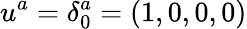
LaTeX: u^{a}=\delta_{0}^{a}=(1,0,0,0)